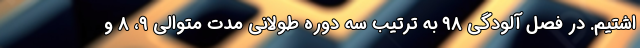
اشتیم. در فصل آلودگی ۹۸ به ترتیب سه دوره طولانی مدت متوالی ۹، ۸ و